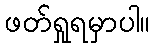
ဖတ်ရှုရမှာပါ။